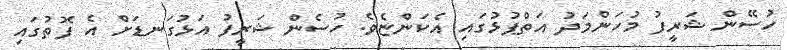
ހުސޭން ޝަރީފު މުހަންމަދު އަތްޕުޅުގައި އެކަންޏެވެ. ހުސެން ޝަރީފު އަޅުގަނޑަށް އެ ފޮތުގައި